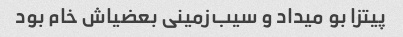
پیتزا بو میداد و سیب‌زمینی بعضیاش خام بود